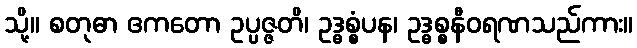
သို့။ စတုဓာ ဧကတော ဥပ္ပဇ္ဇတိ၊ ဥဒ္ဓစ္စံပန၊ ဥဒ္ဓစ္စနီဝရဏသည်ကား။